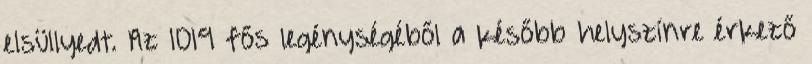
elsüllyedt. Az 1019 fős legénységéből a később helyszínre érkező